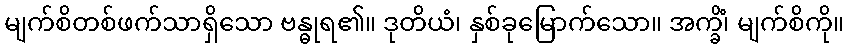
မျက်စိတစ်ဖက်သာရှိသော ဗန္ဓုရ၏။ ဒုတိယံ၊ နှစ်ခုမြောက်သော။ အက္ခိံ၊ မျက်စိကို။